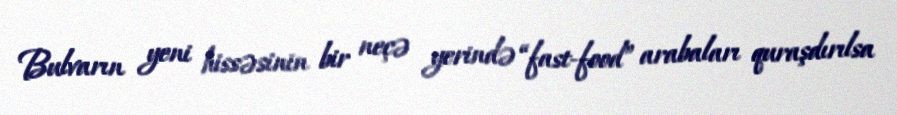
Bulvarın yeni hissəsinin bir neçə yerində “fast-food” arabaları quraşdırılsa